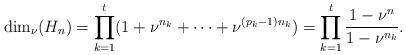
LaTeX: \begin{align*}\mathrm{dim}_\nu(H_n)=\prod_{k=1}^t(1+\nu^{n_k}+\cdots+\nu^{(p_k-1)n_k})=\prod_{k=1}^t\dfrac{1-\nu^n}{1-\nu^{n_k}}.\end{align*}